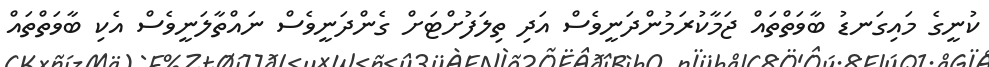
ކުނީގެ މައިގަނޑު ބާވަތްތައް ޖަމާކުރަމުންދަނީވެސް އަދި ތިލަފުށްޓަށް ގެންދަނީވެސް ނައްތާލަނީވެސް އެކި ބާވަތްތައް